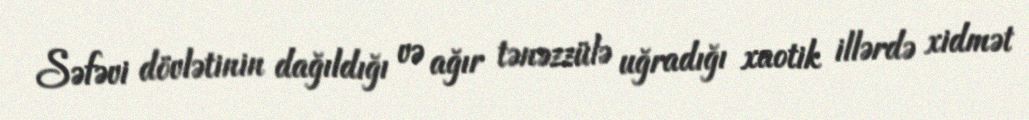
Səfəvi dövlətinin dağıldığı və ağır tənəzzülə uğradığı xaotik illərdə xidmət